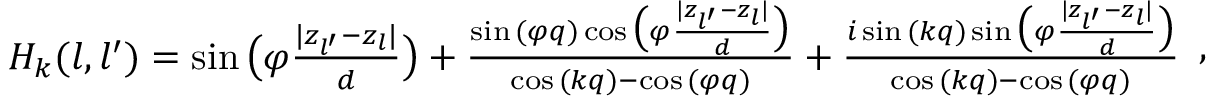
\begin{array} { r } { H _ { k } ( l , l ^ { \prime } ) = \sin { \big ( \varphi \frac { | z _ { l ^ { \prime } } - z _ { l } | } { d } \big ) } + \frac { \sin { ( \varphi q ) } \cos { \big ( \varphi \frac { | z _ { l ^ { \prime } } - z _ { l } | } { d } \big ) } } { \cos { ( k q ) } - \cos { ( \varphi q ) } } + \frac { i \sin { ( k q ) } \sin { \big ( \varphi \frac { | z _ { l ^ { \prime } } - z _ { l } | } { d } \big ) } } { \cos { ( k q ) } - \cos { ( \varphi q ) } } } \end{array} ,